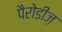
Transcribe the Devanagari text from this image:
पैरोडीज़